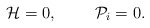
\begin{align*}{\cal H}=0,\;\;\;\;\;\;\;\;{\cal P}_{i}=0.\end{align*}